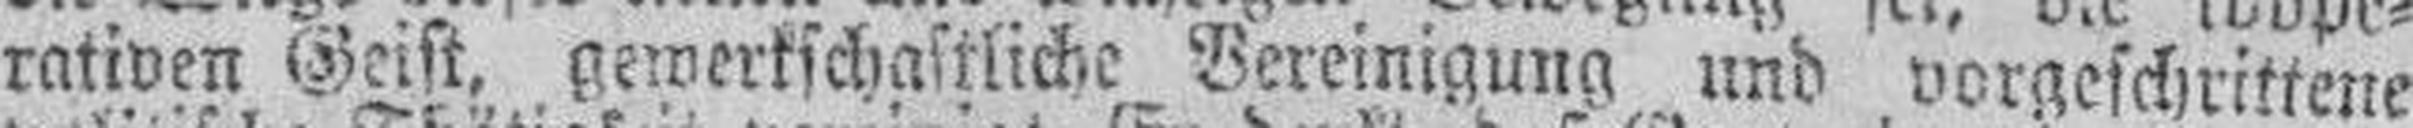
rativen Geist, gewerkschaftliche Bereinigung und vorgeschrittene